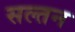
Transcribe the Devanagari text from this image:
सल्तन